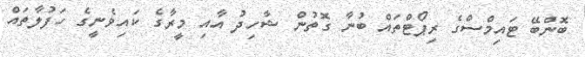
ބޮންބޭ ޓައިމްސްގެ ރިޕޯޓްތައް ބުނާ ގޮތުން ޝާހިދު އާއި މީރާގެ ކައިވެނީގެ ހަފުލާތައް